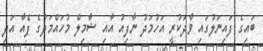
ބައިގެ ފައިނަލުގައި ވާދަކުރީ އަހުމަދު ނާފިއު އާއި ޝާމިލް މުހައްމަދުގެ ޕެއާ އަދި